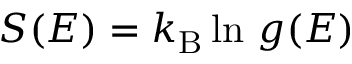
S ( E ) = k _ { \mathrm { B } } \ln \, g ( E )